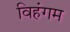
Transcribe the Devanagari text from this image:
विहंगम